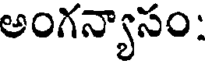
అంగన్యాసం: